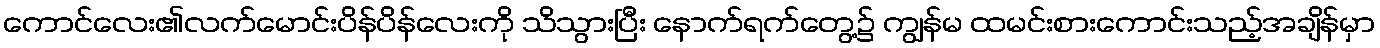
ကောင်လေး၏လက်မောင်းပိန်ပိန်လေးကို သိသွားပြီး နောက်ရက်တွေ့၌ ကျွန်မ ထမင်းစားကောင်းသည့်အချိန်မှာ